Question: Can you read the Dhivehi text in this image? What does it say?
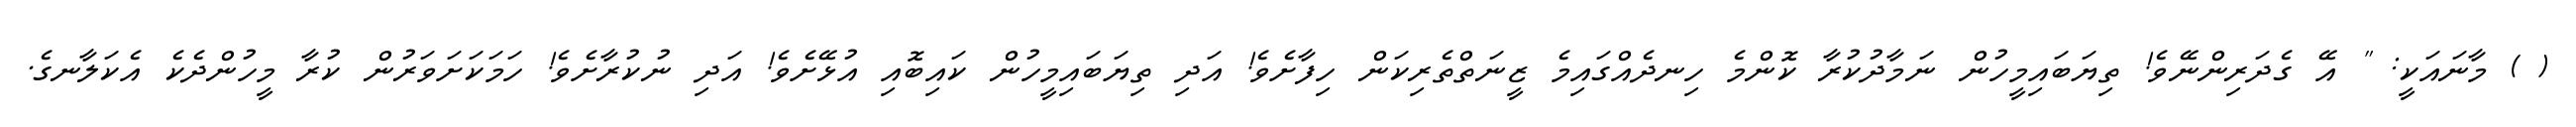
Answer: ( ) މާނައަކީ: " އޭ ގެދަރިންނޭވެ! ތިޔަބައިމީހުން ނަމާދުކުރާ ކޮންމެ ހިނދެއްގައިމެ ޒީނަތްތެރިކަން ހިފާށެވެ! އަދި ތިޔަބައިމީހުން ކައިބޮއި އުޅޭށެވެ! އަދި ނުކުރާށެވެ! ހަމަކަށަވަރުން ކުރާ މީހުންދެކެ އެކަލާނގެ.